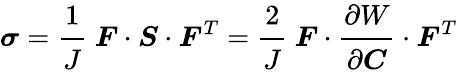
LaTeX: {\boldsymbol{\sigma}}={\cfrac{1}{J}}~{\boldsymbol{F}}\cdot{\boldsymbol{S}}\cdot{\boldsymbol{F}}^{T}={\cfrac{2}{J}}~{\boldsymbol{F}}\cdot{\cfrac{\partial W}{\partial{\boldsymbol{C}}}}\cdot{\boldsymbol{F}}^{T}